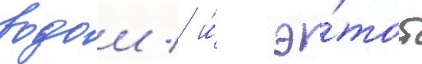
водои / и́ э́тот